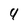
Character: 4